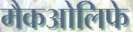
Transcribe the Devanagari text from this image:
मैकओलिफे